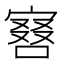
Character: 𠼆